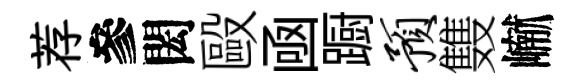
荐參閎毆凾蹰预䨇𪩘